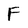
Character: F